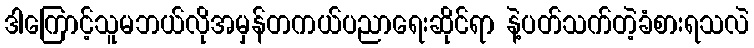
ဒါကြောင့်သူမဘယ်လိုအမှန်တကယ်ပညာရေးဆိုင်ရာ နဲ့ပတ်သက်တဲ့ခံစားရသလဲ